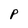
Character: P